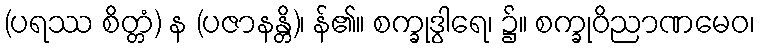
(ပရဿ စိတ္တံ) န (ပဇာနန္တိ)၊ န်၏။ စက္ခုဒွါရေ၊ ၌။ စက္ခုဝိညာဏမေဝ၊